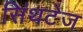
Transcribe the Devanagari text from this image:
सिंथटेज